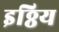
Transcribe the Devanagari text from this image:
इठ्ठिय